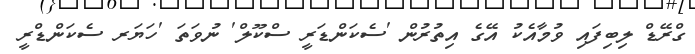
ގްރޭޑް ލިބިފައި ވުމާއެކު އޭގެ އިތުރުން 'ސެކަންޑަރީ ސްކޫލް' ނުވަތަ 'ހަޔަރ ސެކަންޑްރީ